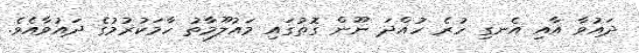
ދައުވާ އާއި އެނގި ހުރެ ހުއްދަ ނޫން ގޮތުގައި މައުލޫމާތު ހާމަކުރުމުގެ ދައުވާއެވެ.